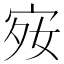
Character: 𪧋